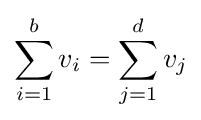
\sum _{i=1}^{b}v_{i}=\sum _{j=1}^{d}v_{j}